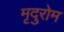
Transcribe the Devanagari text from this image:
मृदुरोम